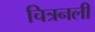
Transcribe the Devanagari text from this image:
चित्रनली